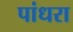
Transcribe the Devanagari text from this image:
पांधरा